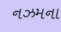
નઝમના